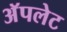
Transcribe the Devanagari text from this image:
अॅपलेट